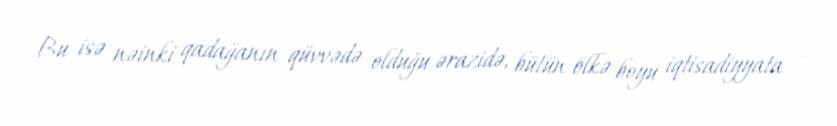
Bu isə nəinki qadağanın qüvvədə olduğu ərazidə, bütün ölkə boyu iqtisadiyyata -